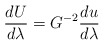
\begin{align*}{{dU} \over {d\lambda}} = G^{-2} {{du} \over {d\lambda}}\end{align*}